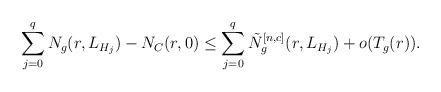
LaTeX: \begin{align*}\sum_{j=0}^q N_g(r,L_{H_{j}}) -N_{C}(r, 0) \leq \sum_{j=0}^q \tilde{N}_g^{[n,c]}(r, L_{H_{j}})+o(T_{g}(r)).\end{align*}